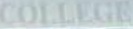
COLLEGE